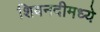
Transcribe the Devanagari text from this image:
शिवनदीमध्ये